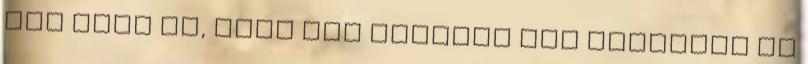
még csak az, hogy egy kisfiút sem engednek el